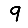
Digit: 9